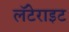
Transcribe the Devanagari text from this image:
लॅटेराइट